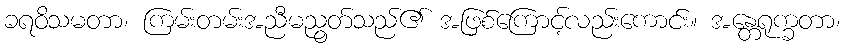
ခရဝိသမတာ၊ ကြမ်းတမ်းအညီမညွတ်သည်၏ အဖြစ်ကြောင့်လည်းကောင်း။ အန္တေရုက္ခတာ၊